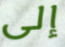
إلى